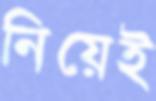
নিয়েই